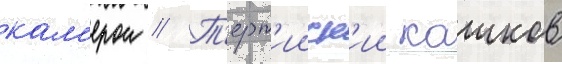
кам'ерои // Т'ерт'ииск'ии кашков